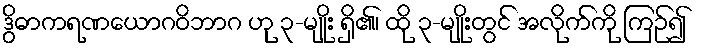
ဒွိဓာကရဏယောဂဝိဘာဂ ဟု ၃-မျိုး ရှိ၏၊ ထို ၃-မျိုးတွင် အလိုက်ကို ကြဉ်၍